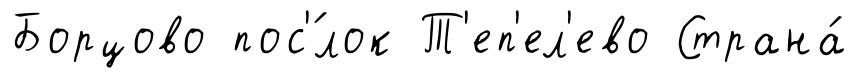
Борцово пос'́лок Т'еп'ел'ево Страна́